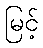
မြင့်